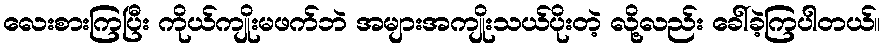
လေးစားကြပြီး ကိုယ်ကျိုးမဖက်ဘဲ အများအကျိုးသယ်ပိုးတဲ့ လို့လည်း ခေါ်ခဲ့ကြပါတယ်။